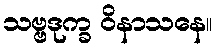
သဗ္ဗဒုက္ခ ဝိနာသနေ။